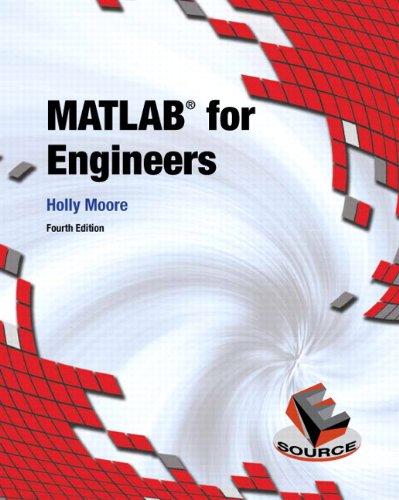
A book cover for MATLAB for Engineers (4th Edition); Holly Moore; Computers & Technology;